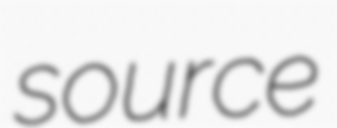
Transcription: source